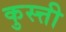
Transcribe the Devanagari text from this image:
कुस्त्ती